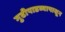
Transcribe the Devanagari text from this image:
गुढीपाडव्यापासून